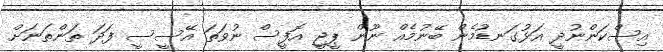
އިސްކަންނުދީ އަޅުގަނޑުމެން ބޭނުމެއް ނޫން ޕީޖީ އޮފީސް ނުވަތަ އޭސީސީ ފަދަ ތަންތަނަށް